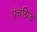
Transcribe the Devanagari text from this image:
पंचग्रिड